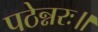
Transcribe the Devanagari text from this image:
पठेन्नरः॥